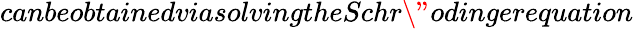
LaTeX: canbeobtainedviasolvingtheSchr\" {o}dingerequation